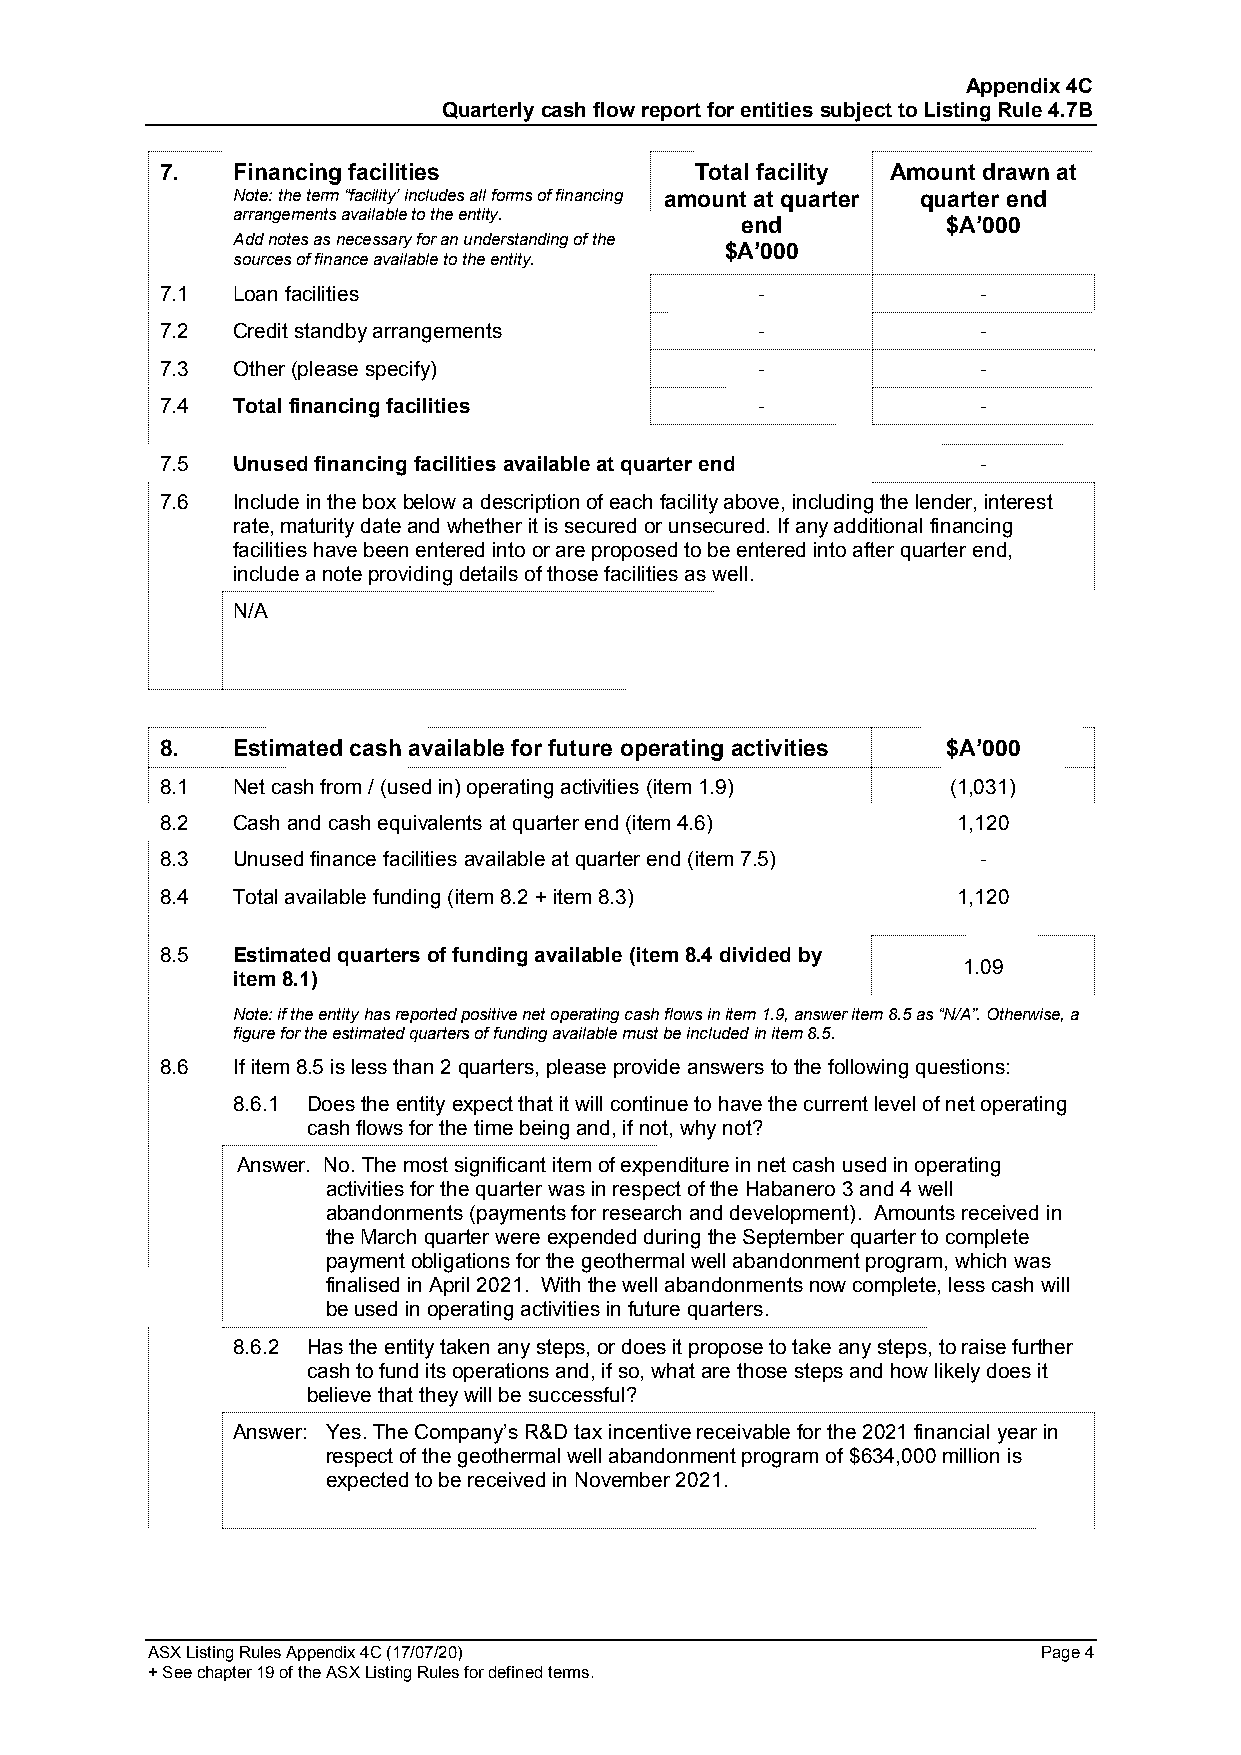
Appendix 4C
 Quarterly cash flow report for entities subject to Listing Rule 4.7B
 7.  Financing facilities           Total facility Amount drawn at
 Note: the term “facility’ includes all forms of financing amount at quarter quarter end
 arrangements available to the entity.
 end           $A’000
 Add notes as necessary for an understanding of the
 sources of finance available to the entity.
 $A’000
 7.1 Loan facilities                    -              -
 7.2 Credit standby arrangements        -              -
 7.3 Other (please specify)             -              -
 7.4 Total financing facilities         -              -
 7.5 Unused financing facilities available at quarter end -
 7.6 Include in the box below a description of each facility above, including the lender, interest
 rate, maturity date and whether it is secured or unsecured. If any additional financing
 facilities have been entered into or are proposed to be entered into after quarter end,
 include a note providing details of those facilities as well.
 N/A
 8.  Estimated cash available for future operating activities $A’000
 8.1 Net cash from / (used in) operating activities (item 1.9) (1,031)
 8.2 Cash and cash equivalents at quarter end (item 4.6) 1,120
 8.3 Unused finance facilities available at quarter end (item 7.5) -
 8.4 Total available funding (item 8.2 + item 8.3)   1,120
 8.5 Estimated quarters of funding available (item 8.4 divided by
 1.09
 item 8.1)
 Note: if the entity has reported positive net operating cash flows in item 1.9, answer item 8.5 as “N/A”. Otherwise, a
 figure for the estimated quarters of funding available must be included in item 8.5.
 8.6 If item 8.5 is less than 2 quarters, please provide answers to the following questions:
 8.6.1 Does the entity expect that it will continue to have the current level of net operating
 cash flows for the time being and, if not, why not?
 Answer. No. The most significant item of expenditure in net cash used in operating
 activities for the quarter was in respect of the Habanero 3 and 4 well
 abandonments (payments for research and development). Amounts received in
 the March quarter were expended during the September quarter to complete
 payment obligations for the geothermal well abandonment program, which was
 finalised in April 2021. With the well abandonments now complete, less cash will
 be used in operating activities in future quarters.
 8.6.2 Has the entity taken any steps, or does it propose to take any steps, to raise further
 cash to fund its operations and, if so, what are those steps and how likely does it
 believe that they will be successful?
 Answer: Yes. The Company’s R&D tax incentive receivable for the 2021 financial year in
 respect of the geothermal well abandonment program of $634,000 million is
 expected to be received in November 2021.
 ASX Listing Rules Appendix 4C (17/07/20)                   Page 4
 + See chapter 19 of the ASX Listing Rules for defined terms.